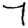
Digit: 7